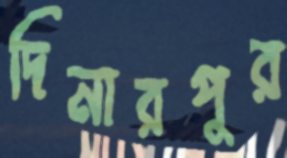
দিনারপুর